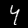
Digit: 4